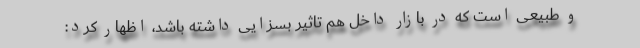
و طبیعی است که در بازار داخل هم تاثیر بسزایی داشته باشد، اظهار کرد: